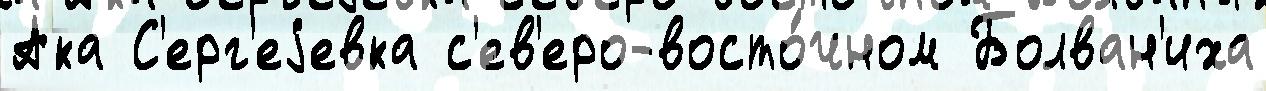
Ака С'ерг'еjевка с'ев'еро-восто́чном Болван'иха